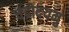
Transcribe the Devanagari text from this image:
चंद्रोदयमु